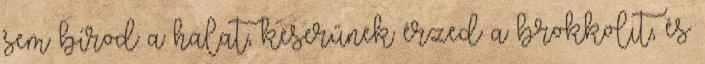
sem bírod a halat, keserűnek érzed a brokkolit, és